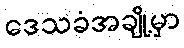
ဒေသခံအချို့မှာ